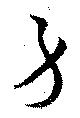
身